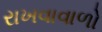
રાખવાવાળો